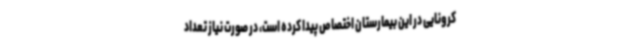
کرونایی در این بیمارستان اختصاص پیدا کرده است، در صورت نیاز تعداد